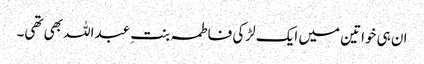
ان ہی خواتین میں ایک لڑکی فاطمہ بنتِ عبداللہ بھی تھی۔